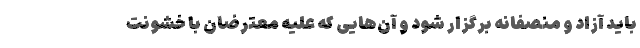
باید آزاد و منصفانه برگزار شود و آن‌هایی که علیه معترضان با خشونت